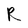
Character: R